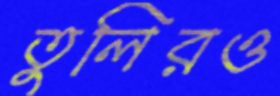
তুলিরও